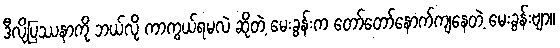
ဒီလိုပြဿနာကို ဘယ်လို ကာကွယ်ရမလဲ ဆိုတဲ့ မေးခွန်းက တော်တော်နောက်ကျနေတဲ့ မေးခွန်းဗျာ။